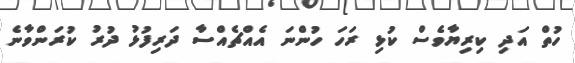
ހުތް އަދި ކިރިޔާވެސް ކުޅި ރަހަ ހުންނަ އެއްޗެއްސާ ދަރިފުޅު ދުރު ކުރަންވާނެ